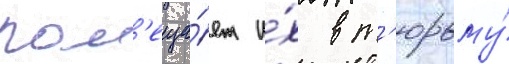
пом'еща́ет и́х в т'юрьму́